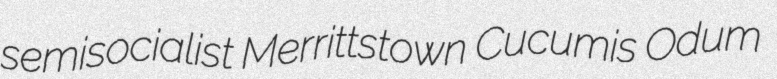
semisocialist Merrittstown Cucumis Odum